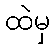
ထဲမှ